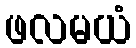
ဖလမယံ